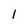
Character: I